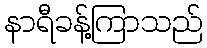
နာရီခန့်ကြာသည်